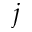
j